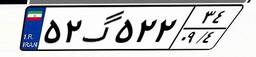
۵۲گ۰۶۸۷۴